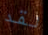
لقد